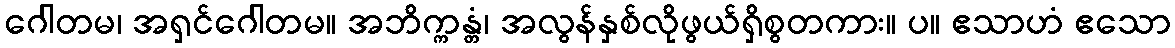
ဂေါတမ၊ အရှင်ဂေါတမ။ အဘိက္ကန္တံ၊ အလွန်နှစ်လိုဖွယ်ရှိစွတကား။ ပ။ ဧသာဟံ ဧသော